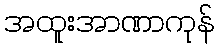
အထူးအာဏာကုန်